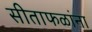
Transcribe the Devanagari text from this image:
सीताफळांना